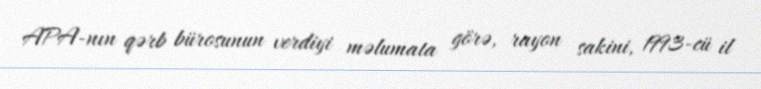
APA-nın qərb bürosunun verdiyi məlumata görə, rayon sakini, 1993-cü il